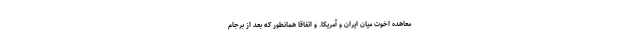
معاهده اخوت میان ایران و آمریکا. و اتفاقا همانطور که بعد از برجام